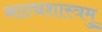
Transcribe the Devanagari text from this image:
नाट्यशास्त्रमु